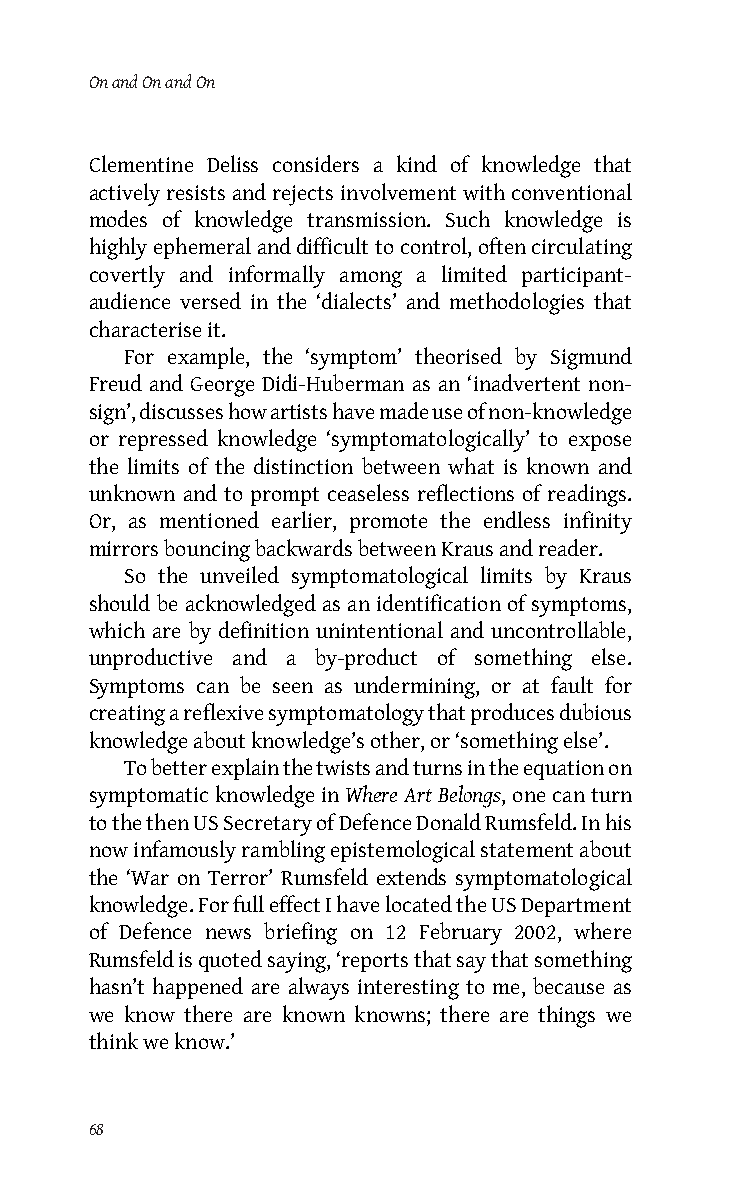
On and On and On
 Clementine Deliss considers a kind of knowledge that
 actively resists and rejects involvement with conventional
 modes of knowledge transmission. Such knowledge is
 highly ephemeral and difficult to control, often circulating
 covertly and informally among a limited participant-
 audience versed in the ‘dialects’ and methodologies that
 characterise it.
 For example, the ‘symptom’ theorised by Sigmund
 Freud and George Didi-Huberman as an ‘inadvertent non-
 sign’, discusses how artists have made use of non-knowledge
 or repressed knowledge ‘symptomatologically’ to expose
 the limits of the distinction between what is known and
 unknown and to prompt ceaseless reflections of readings.
 Or, as mentioned earlier, promote the endless infinity
 mirrors bouncing backwards between Kraus and reader.
 So the unveiled symptomatological limits by Kraus
 should be acknowledged as an identification of symptoms,
 which are by definition unintentional and uncontrollable,
 unproductive and a by-product of something else.
 Symptoms can be seen as undermining, or at fault for
 creating a reflexive symptomatology that produces dubious
 knowledge about knowledge’s other, or ‘something else’.
 To better explain the twists and turns in the equation on
 symptomatic knowledge in Where Art Belongs, one can turn
 to the then US Secretary of Defence Donald Rumsfeld. In his
 now infamously rambling epistemological statement about
 the ‘War on Terror’ Rumsfeld extends symptomatological
 knowledge. For full effect I have located the US Department
 of Defence news briefing on 12 February 2002, where
 Rumsfeld is quoted saying, ‘reports that say that something
 hasn’t happened are always interesting to me, because as
 we know there are known knowns; there are things we
 think we know.’
 68